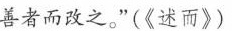
善者而改之。”(《述而》)